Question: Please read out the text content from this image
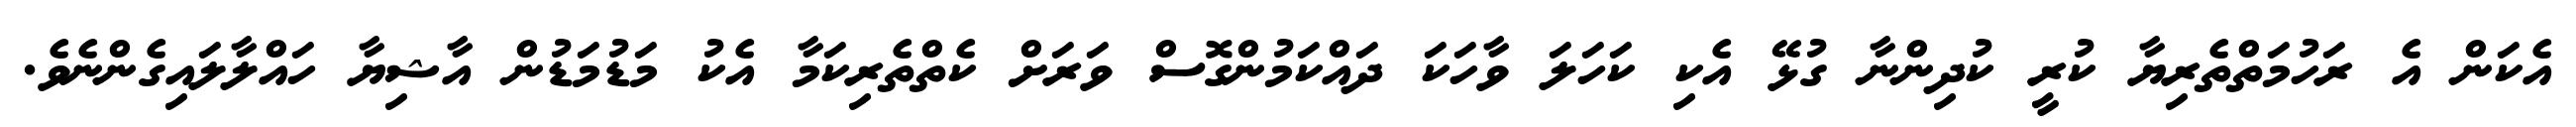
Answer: އެކަން އެ ރަހުމަތްތެރިޔާ ކުރީ ކުދިންނާ ގުޅޭ އެކި ކަހަލަ ވާހަކަ ދައްކަމުންގޮސް ވަރަށް ކެތްތެރިކަމާ އެކު މަޑުމަޑުން އާޝިޔާ ހައްލާލައިގެންނެވެ.